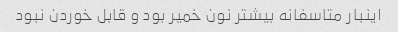
اینبار متاسفانه بیشتر نون خمیر بود و قابل خوردن نبود